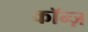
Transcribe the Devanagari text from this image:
कॉन्ज़